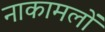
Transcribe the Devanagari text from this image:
नाकामलों